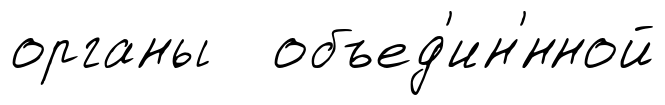
органы объед'ин'́нной